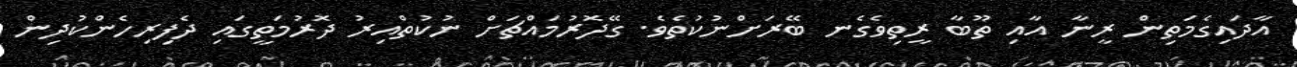
އާދައިގެމަތިން ރީނާ އާއި ތޫބާ ރީތިވެގެނ ބޭރަށްނުކުތެވެ. ގޭދޮރުމައްޗަށް ނުކުތްއިރު ދޮރުމަތީގައި ދެފިރިހެންކުދިން